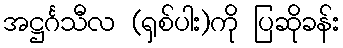
အဋ္ဌင်္ဂသီလ (ရှစ်ပါး)ကို ပြဆိုခန်း